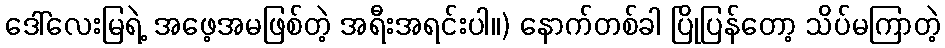
ဒေါ်လေးမြရဲ့ အဖေ့အမဖြစ်တဲ့ အရီးအရင်းပါ။) နောက်တစ်ခါ ပြိုပြန်တော့ သိပ်မကြာတဲ့